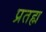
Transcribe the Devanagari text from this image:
प्रतह्म